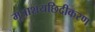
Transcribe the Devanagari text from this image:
मूत्राशयछिद्रीकरण